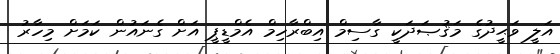
އަލީ ވަޙީދުގެ މަޤުޞަދަކީ ގާސިމް އިބްރާހިމް އެމްޑީޕީ އަށް ގެނައުން ކަމަށް މިހާރު